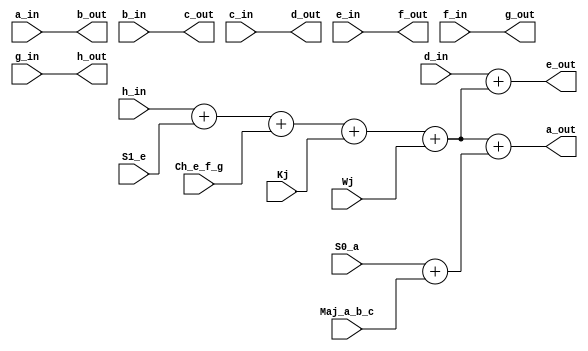
// Taken from https://github.com/russm/sha2-verilog with some modifications.
//
// generalised round compression function
module sha2_round #(
    parameter WORDSIZE=0
) (
    input [WORDSIZE-1:0] Kj, Wj,
    input [WORDSIZE-1:0] a_in, b_in, c_in, d_in, e_in, f_in, g_in, h_in,
    input [WORDSIZE-1:0] Ch_e_f_g, Maj_a_b_c, S0_a, S1_e,
    output [WORDSIZE-1:0] a_out, b_out, c_out, d_out, e_out, f_out, g_out, h_out
    );

wire [WORDSIZE-1:0] T1 = h_in + S1_e + Ch_e_f_g + Kj + Wj;
wire [WORDSIZE-1:0] T2 = S0_a + Maj_a_b_c;

assign a_out = T1 + T2;
assign b_out = a_in;
assign c_out = b_in;
assign d_out = c_in;
assign e_out = d_in + T1;
assign f_out = e_in;
assign g_out = f_in;
assign h_out = g_in;

endmodule


// Ch(x,y,z)
module Ch #(parameter WORDSIZE=0) (
    input wire [WORDSIZE-1:0] x, y, z,
    output wire [WORDSIZE-1:0] Ch
    );

assign Ch = ((x & y) ^ (~x & z));

endmodule


// Maj(x,y,z)
module Maj #(parameter WORDSIZE=0) (
    input wire [WORDSIZE-1:0] x, y, z,
    output wire [WORDSIZE-1:0] Maj
    );

assign Maj = (x & y) ^ (x & z) ^ (y & z);

endmodule


// the message schedule: a machine that generates Wt values
module W_machine #(parameter WORDSIZE=1) (
    input clk,
    input en,
    input [WORDSIZE*16-1:0] M,
    input M_valid,
    output [WORDSIZE-1:0] W_tm2, W_tm15,
    input [WORDSIZE-1:0] s1_Wtm2, s0_Wtm15,
    output [WORDSIZE-1:0] W
    );

reg [WORDSIZE*16-1:0] W_stack_q;
// W(t-n) values, from the perspective of Wt_next
assign W_tm2 = W_stack_q[WORDSIZE*2-1:WORDSIZE*1];
assign W_tm15 = W_stack_q[WORDSIZE*15-1:WORDSIZE*14];
wire [WORDSIZE-1:0] W_tm7 = W_stack_q[WORDSIZE*7-1:WORDSIZE*6];
wire [WORDSIZE-1:0] W_tm16 = W_stack_q[WORDSIZE*16-1:WORDSIZE*15];
// Wt_next is the next Wt to be pushed to the queue, will be consumed in 16 rounds
wire [WORDSIZE-1:0] Wt_next = s1_Wtm2 + W_tm7 + s0_Wtm15 + W_tm16;

wire [WORDSIZE*16-1:0] W_stack_d = {W_stack_q[WORDSIZE*15-1:0], Wt_next};
assign W = W_stack_q[WORDSIZE*16-1:WORDSIZE*15];

always @(posedge clk)
begin
    if (en == 0)
        W_stack_q <= W_stack_q;
    else if (M_valid) begin
        W_stack_q <= M;
    end else begin
        W_stack_q <= W_stack_d;
    end
end

endmodule